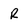
Character: R